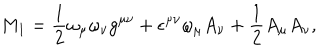
M _ { 1 } = \frac { 1 } { 2 } \omega _ { \mu } \omega _ { \nu } g ^ { \mu \nu } + \epsilon ^ { \mu \nu } \omega _ { \mu } A _ { \nu } + \frac { 1 } { 2 } A _ { \mu } A _ { \nu } ,